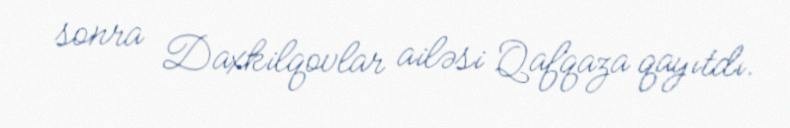
sonra Daxkilqovlar ailəsi Qafqaza qayıtdı.